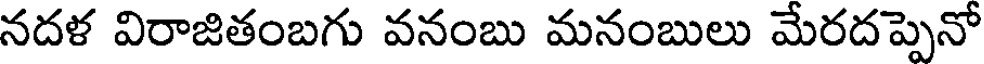
నదళ విరాజితంబగు వనంబు మనంబులు మేరదప్పెనో